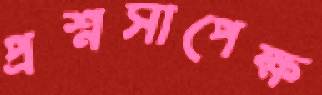
প্রশ্নসাপেক্ষ